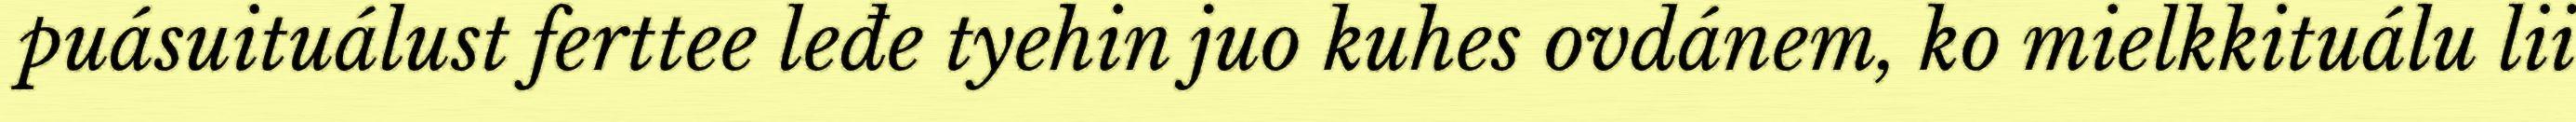
puásuituálust ferttee leđe tyehin juo kuhes ovdánem, ko mielkkituálu lii